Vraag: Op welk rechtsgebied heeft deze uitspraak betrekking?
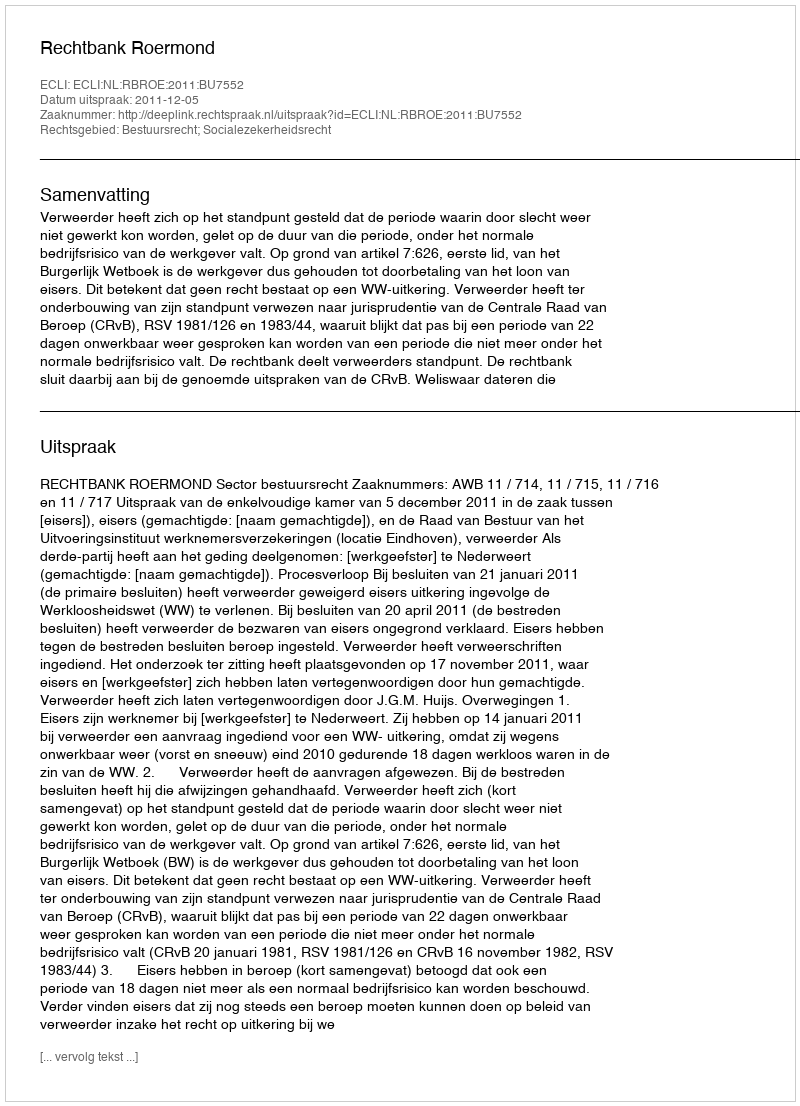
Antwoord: Bestuursrecht; Socialezekerheidsrecht